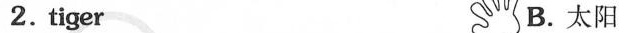
2.tiger B.太阳